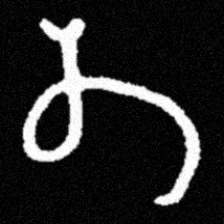
Pyu character \u2014 Myanmar letter: တ (romanized: ta)